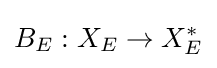
B_{E}:X_{E}\to X_{E}^{*}